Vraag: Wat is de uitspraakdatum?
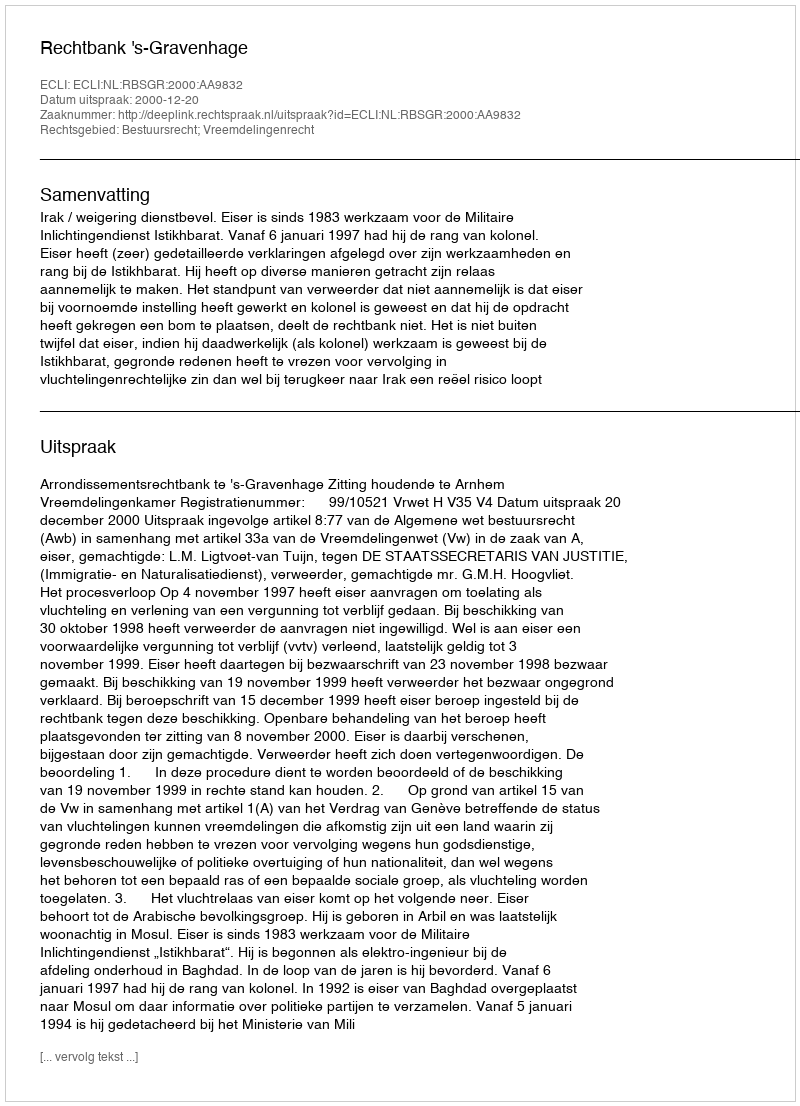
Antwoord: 2000-12-20